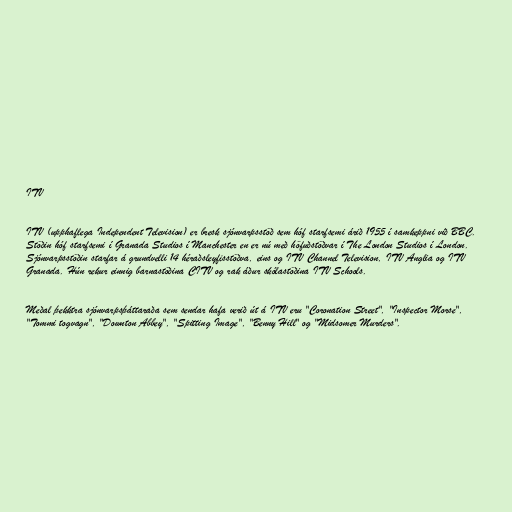
ITV

ITV (upphaflega Independent Television) er bresk sjónvarpsstöð sem hóf starfsemi árið 1955 í samkeppni við BBC.
Stöðin hóf starfsemi í Granada Studios í Manchester en er nú með höfuðstöðvar í The London Studios í London.
Sjónvarpsstöðin starfar á grundvelli 14 héraðsleyfisstöðva, eins og ITV Channel Television, ITV Anglia og ITV
Granada. Hún rekur einnig barnastöðina CITV og rak áður skólastöðina ITV Schools.

Meðal þekktra sjónvarpsþáttaraða sem sendar hafa verið út á ITV eru "Coronation Street", "Inspector Morse",
"Tommi togvagn", "Downton Abbey", "Spitting Image", "Benny Hill" og "Midsomer Murders".